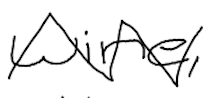
Text: wine,
Cross-out: zig-zag
Writing tool: digital_black